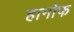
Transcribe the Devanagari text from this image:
हानोफ